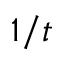
1 / t